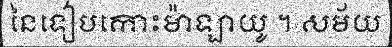
នៃទៀបកោះម៉ាឡាយូ ។ សម័យ